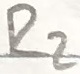
Text: R2